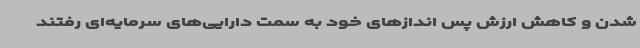
شدن و کاهش ارزش پس اندازهای خود به سمت دارایی‌های سرمایه‌ای رفتند